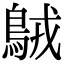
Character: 𪀚